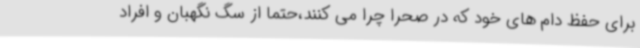
برای حفظ دام های خود که در صحرا چرا می کنند،حتماً از سگ نگهبان و افراد